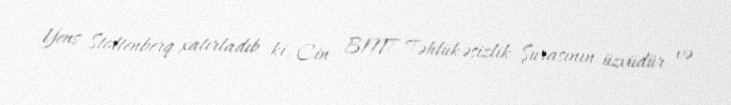
Yens Stoltenberq xatırladıb ki, Çin BMT Təhlükəsizlik Şurasının üzvüdür və